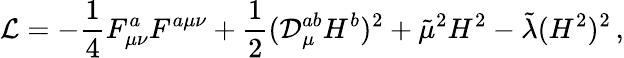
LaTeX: {\cal L}=-\frac{1}{4}F_{\mu\nu}^{a}F^{a\mu\nu}+\frac{1}{2}({\cal D}_{\mu}^{ab}H^{b})^{2}+\tilde{\mu}^{2}H^{2}-\tilde{\lambda}(H^{2})^{2}\, ,